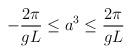
LaTeX: \begin{align*}-\frac{2\pi}{gL} \leq a^{3} \leq \frac{2\pi}{gL}\end{align*}